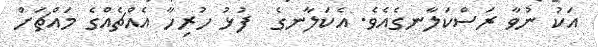
އަކު ނުވާ ރަސްކަލާނގެއެވެ. އެކަލާނގެ  ފުޅު ހުރިހާ އެއްޗެއްގެ މައްޗަށް